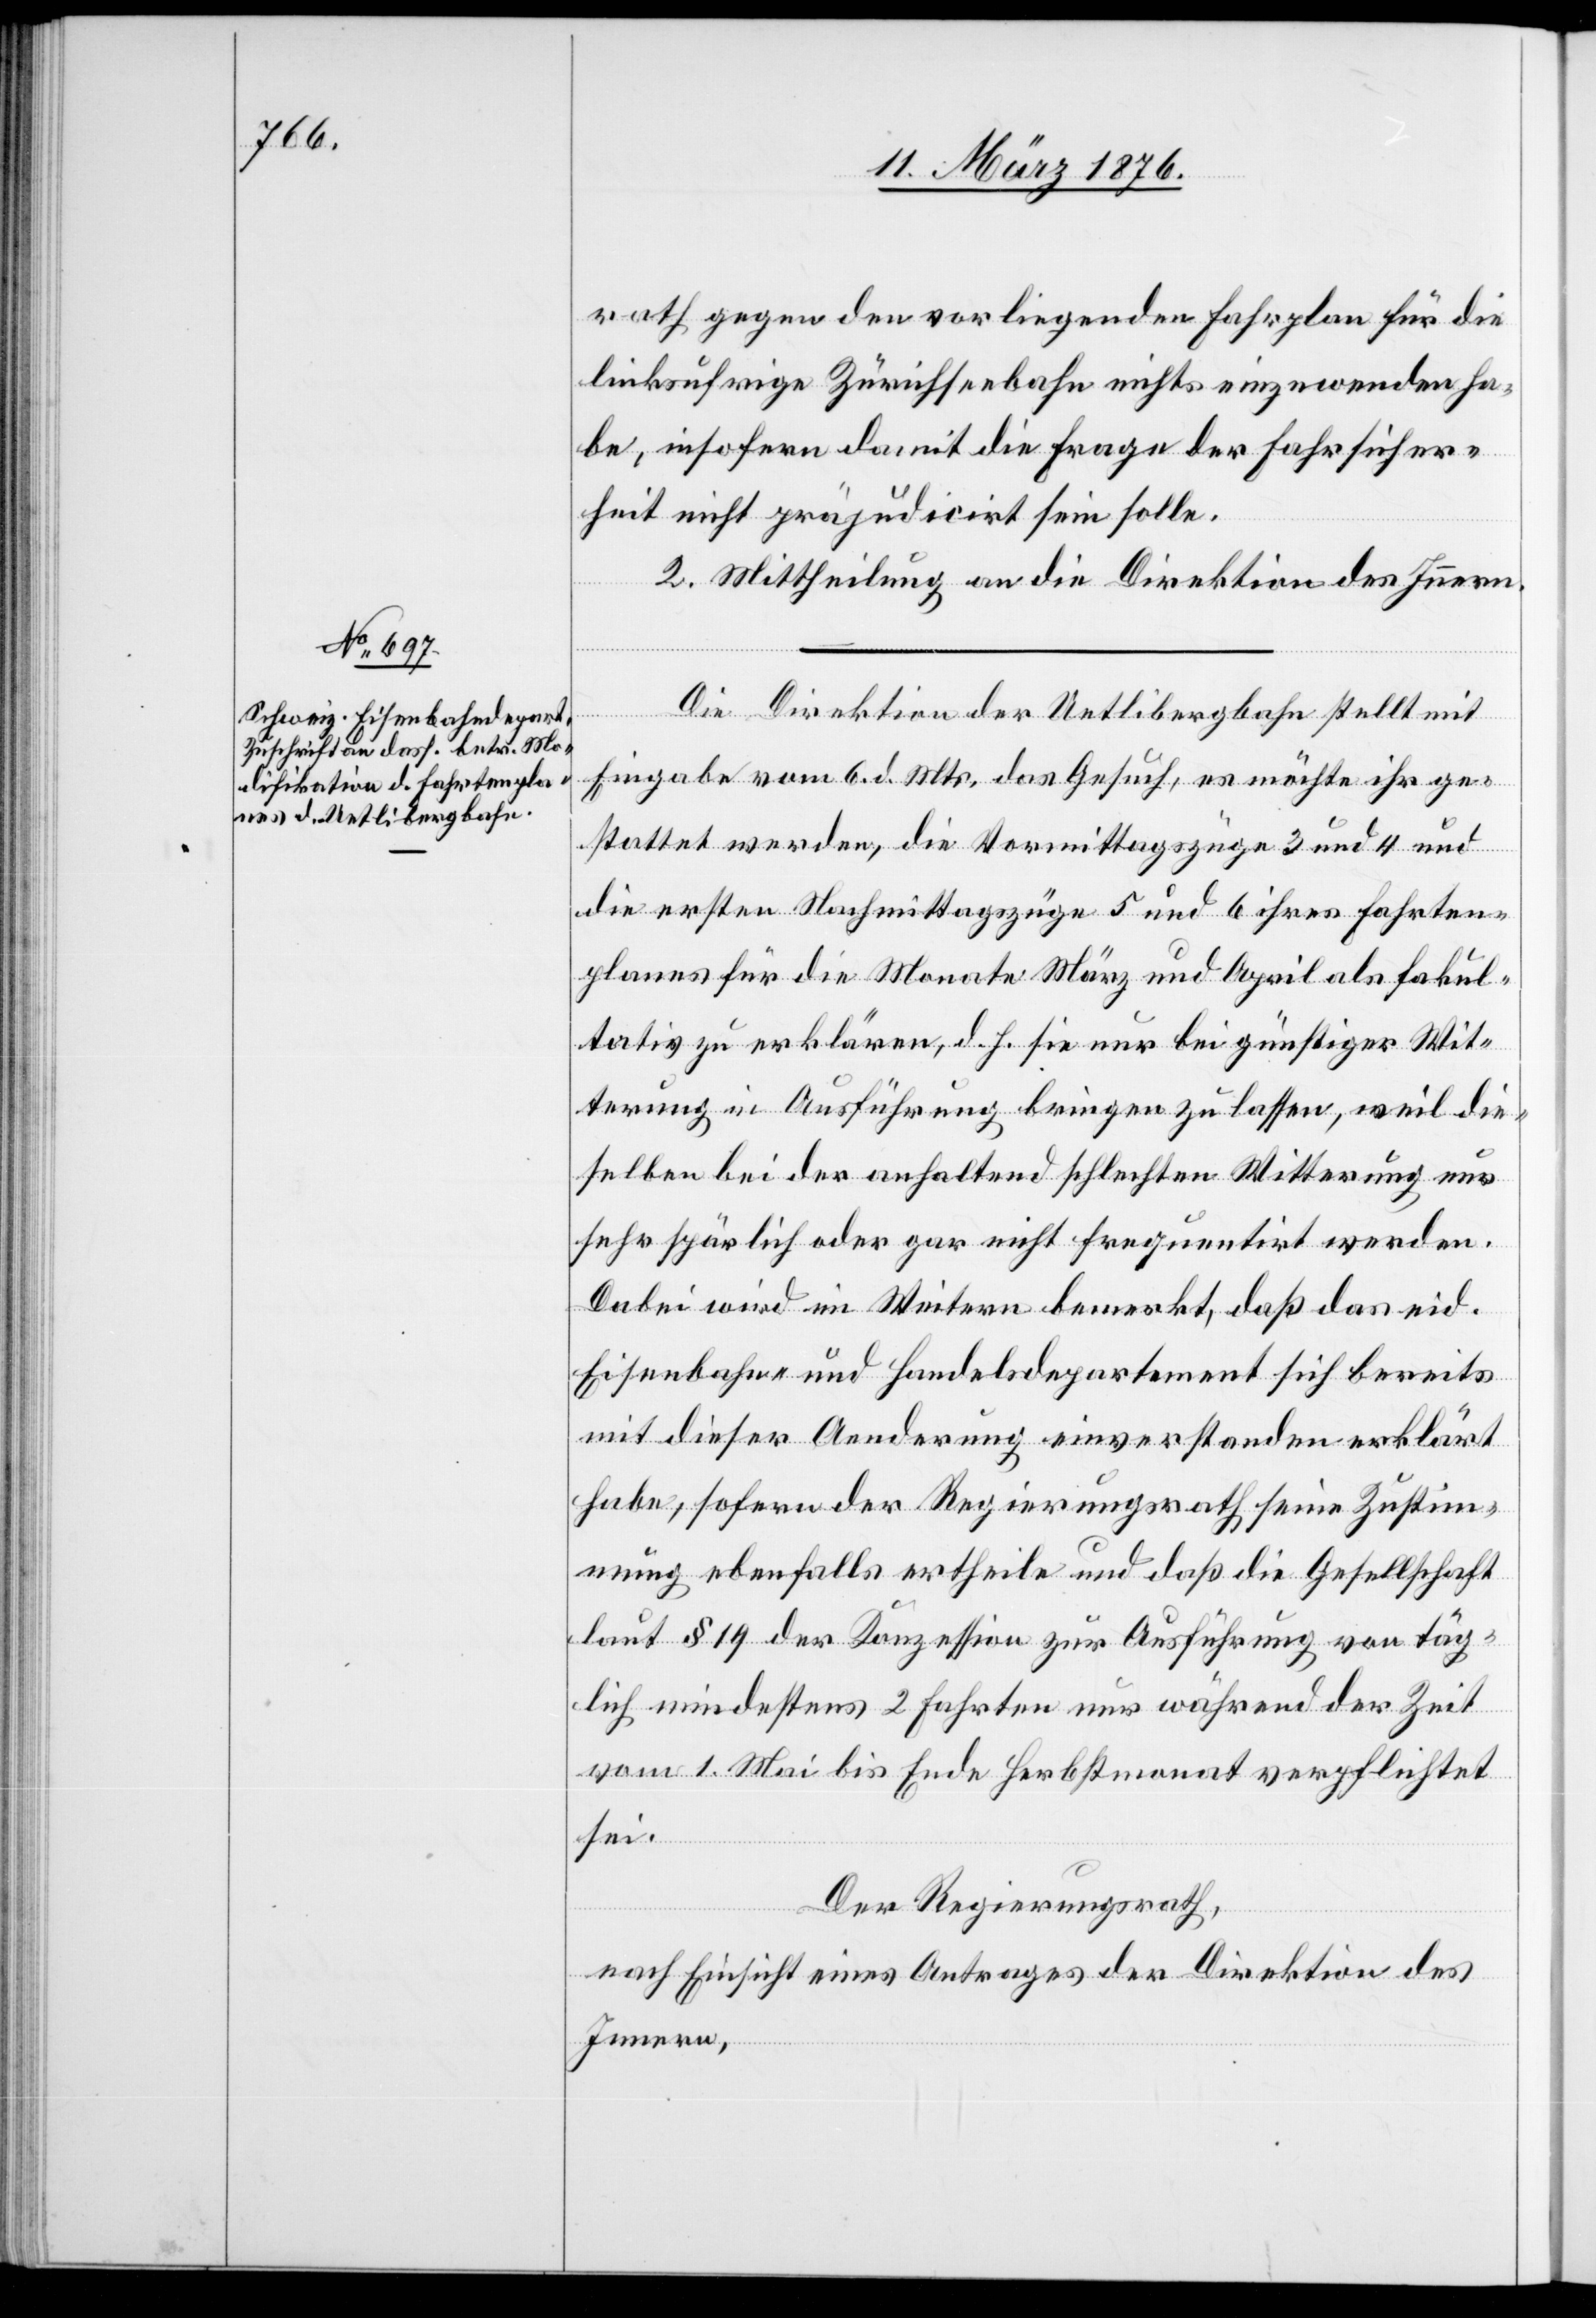
11. März 1876.]
rath gegen den vorliegenden Fahrplan für die
linksufrige Zürichseebahn nichts einzuwenden ha¬
be, insofern damit die Frage der Fahrsicher¬
heit nicht präjudicirt sein solle.
2. Mittheilung an die Direktion des Innern.
Die Direktion der Uetlibergbahn stellt mit
Eingabe vom 6. d. Mts. das Gesuch, es möchte ihr ge¬
stattet werden, die Vormittagszüge 3 und 4 und
die ersten Nachmittagszüge 5 und 6 ihres Fahrten¬
planes für die Monate März und April als fakul¬
tativ zu erklären, d. h. sie nur bei günstiger Wit¬
terung in Ausführung bringen zu lassen, weil die¬
selben bei der anhaltend schlechten Witterung nur
sehr spärlich oder gar nicht frequentirt werden.
Dabei wird im Weitern bemerkt, daß das eid.
Eisenbahn- und Handelsdepartement sich bereits
mit dieser Aenderung einverstanden erklärt
habe, sofern der Regierungsrath seine Zustim¬
mung ebenfalls ertheile und daß die Gesellschaft
laut § 19 der Konzession zur Ausführung von täg¬
lich mindestens 2 Fahrten nur während der Zeit
vom 1. Mai bis Ende Herbstmonat verpflichtet
sei.
Der Regierungsrath,
nach Einsicht eines Antrages der Direktion des
Innern,